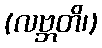
(လဗ္ဘတိ၊)